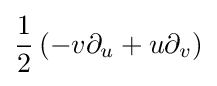
{\frac {1}{2}}\left(-v\partial _{u}+u\partial _{v}\right)